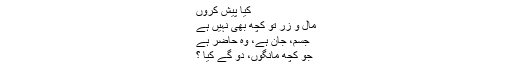
کیا پیش کروں
مال و زر تو کچھ بھی نہیں ہے
جسم، جان ہے، وہ حاضر ہے
جو کچھ مانگوں، دو گے کیا ؟